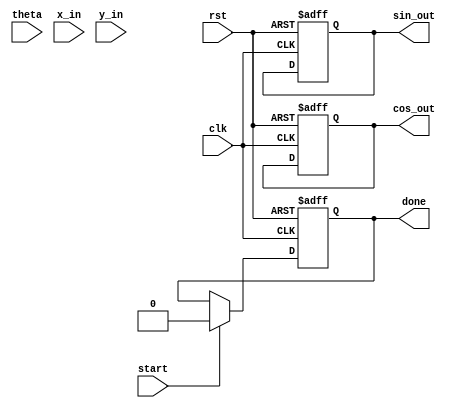
module cordic_rotational (
    input wire clk,           // Clock signal
    input wire rst,           // Asynchronous reset
    input wire [31:0] theta,  // Angle input in fixed-point format (32 bits)
    input wire [31:0] x_in,    // Initial x-coordinate (32 bits)
    input wire [31:0] y_in,    // Initial y-coordinate (32 bits)
    input wire start,         // Start signal for computation
    output reg [31:0] cos_out, // Cosine output
    output reg [31:0] sin_out, // Sine output
    output reg done           // Done signal (computation finished)
);

parameter ITERATIONS = 16; // Number of iterations for CORDIC
reg [31:0] x;               // x-coordinate register
reg [31:0] y;               // y-coordinate register
reg [31:0] z;               // Angle accumulator
reg [3:0] count;            // Iteration count
reg [31:0] atan_table [0:ITERATIONS-1]; // Lookup table for arctan values

// Initialization of arctangent values
initial begin
    atan_table[0] = 32'd0;               // atan(0)
    atan_table[1] = 32'd263;             // atan(2^-1) in fixed-point (Q30)
    atan_table[2] = 32'd1430;            // atan(2^-2) in fixed-point (Q30)
    atan_table[3] = 32'd7260;            // atan(2^-3) in fixed-point (Q30)
    // ... fill out other values ...
    atan_table[15] = 32'd42388;          // atan(2^-15) in fixed-point (Q30)
end

// Reset or start the CORDIC computation
always @(posedge clk or posedge rst) begin
    if (rst) begin
        x <= 32'd0;
        y <= 32'd0;
        z <= 32'd0;
        count <= 4'd0;
        cos_out <= 32'd0;
        sin_out <= 32'd0;
        done <= 1'b0;
    end else begin
        if (start) begin
            x <= x_in;               // Load initial x value
            y <= y_in;               // Load initial y value
            z <= theta;              // Load input angle
            count <= 4'd0;           // Reset iteration count
            done <= 1'b0;            // Reset done signal
        end else if (!done && count < ITERATIONS) begin
            // CORDIC rotation logic
            if (z < 0) begin
                // Rotate clockwise
                x <= x + (y >>> count);
                y <= y - (x >>> count);
                z <= z + atan_table[count];
            end else begin
                // Rotate counter-clockwise
                x <= x - (y >>> count);
                y <= y + (x >>> count);
                z <= z - atan_table[count];
            end
            
            count <= count + 1;
        end else if (count == ITERATIONS) begin
            // Final output when iterations are done
            cos_out <= x;  // Final x value is cos(theta)
            sin_out <= y;  // Final y value is sin(theta)
            done <= 1'b1;   // Set done signal
        end
    end
end

endmodule